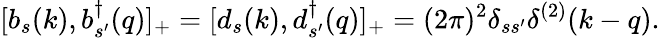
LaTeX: [b_{s}(k),b_{s^{\prime}}^{\dagger}(q)]_{+}=[d_{s}(k),d_{s^{\prime}}^{\dagger}(q)]_{+}=(2\pi)^{2}\delta_{ss^{\prime}}\delta^{(2)}(k-q).